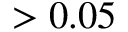
> 0 . 0 5